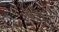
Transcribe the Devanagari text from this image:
तेगेन